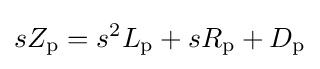
sZ_{\mathrm {p} }=s^{2}L_{\mathrm {p} }+sR_{\mathrm {p} }+D_{\mathrm {p} }\,\!